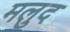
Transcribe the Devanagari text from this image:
मलुद